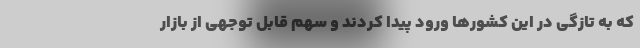
که به تازگی در این کشورها ورود پیدا کردند و سهم قابل توجهی از بازار